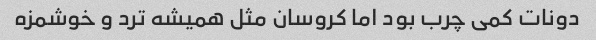
دونات کمی چرب بود اما کروسان مثل همیشه ترد و خوشمزه